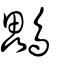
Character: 鸓